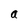
Character: a